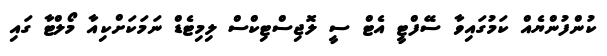
ކުންފުންޔެއް ކަމުގައިވާ ސޭފްޓީ އެޓް ސީ ލޮޖިސްޓިކްސް ލިމިޓެޑް ނަމަކަށްކިއާ މޯލްޓާ ގައި